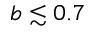
b \lesssim 0 . 7